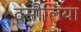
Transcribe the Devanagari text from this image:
दसौलिया